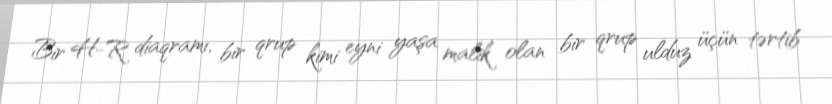
Bir H-R diaqramı, bir qrup kimi eyni yaşa malik olan bir qrup ulduz üçün tərtib